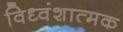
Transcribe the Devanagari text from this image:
विध्वंशात्मक